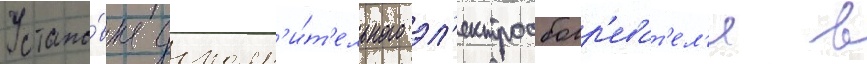
Устано́вка дополн'и́т'ельного эл'ектрообогр'еват'ел'я в